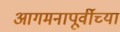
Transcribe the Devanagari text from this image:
आगमनापूर्वीच्या